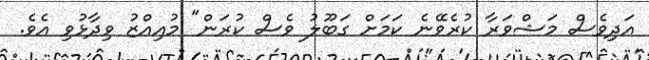
އަދިވެސް މަޝްވަރާ ކުރެވޭނެ ކަމަށް ގަބޫލު ވެސް ކުރަން" މުއިއްޒު ވިދާޅުވި އެވެ.